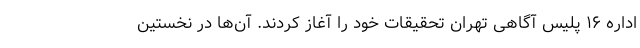
اداره ۱۶ پلیس آگاهی تهران تحقیقات خود را آغاز کردند. آن‌ها در نخستین